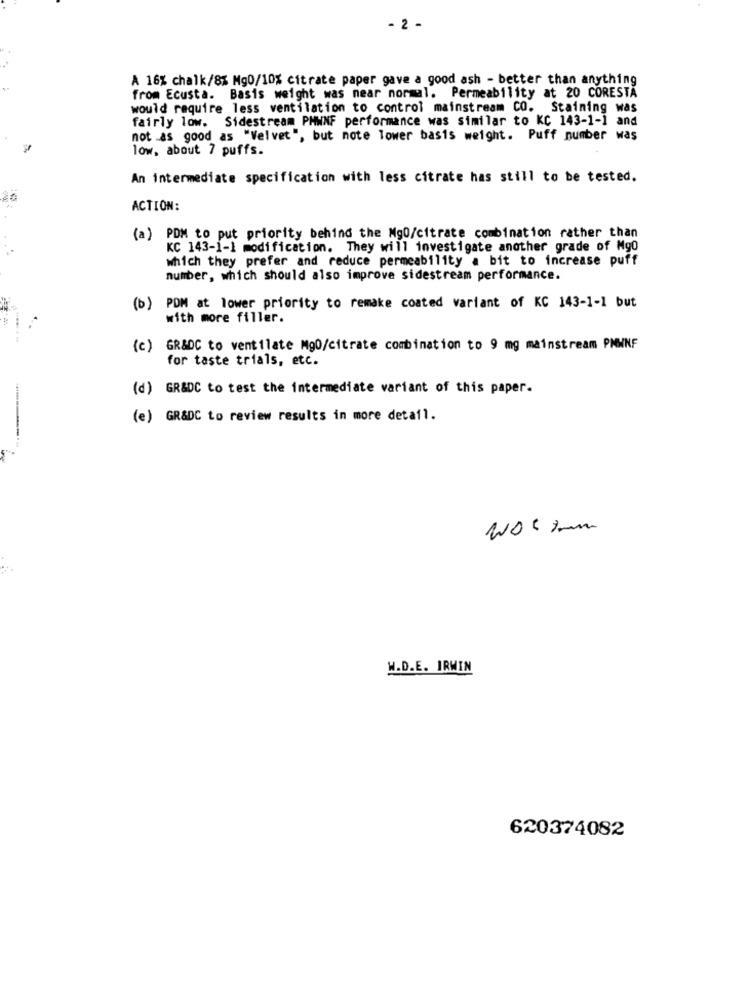
- 2 -
A 16% chalk/8% Mg0/10% citrate paper gave a good ash - better than anything
from Ecusta. Basis weight was near normal. Permeability at 20 CORESTA
would require less ventilation to control mainstream CO. Staining was
fairly low. Sidestream PHWNF performance was similar to KC 143-1-1 and
not .as good as "Velvet", but note Tower basis weight. Puff number was
low, about 7 puffs.
An intermediate specification with less citrate has still to be tested.
ACTION:
(a) PDM to put priority behind the Mg0/citrate combination rather than
KC 143-1-1 modification. They will investigate another grade of Mg0
which they prefer and reduce permeability a bit to increase puff
number, which should also improve sidestream performance.
(b) PDM at lower priority to remake coated variant of KC 143-1-1 but
with more filler.
(c) GR&DC to ventilate Mg0/citrate combination to 9 mg mainstream PMWNF
for taste trials, etc.
(d) GR&DC to test the intermediate variant of this paper.
(e) GR&DC to review results in more detail.
W.D.E. IRWIN
620374082